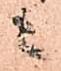
ニ